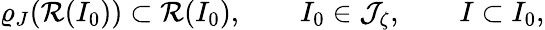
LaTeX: \varrho_{J}({\cal R}(I_{0}))\subset{\cal R}(I_{0}),\qquad I_{0}\in{\cal J}_{\zeta},\qquad I\subset I_{0},